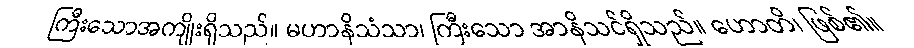
ကြီးသောအကျိုးရှိသည်။ မဟာနိသံသာ၊ ကြီးသော အာနိသင်ရှိသည်။ ဟောတိ၊ ဖြစ်၏။